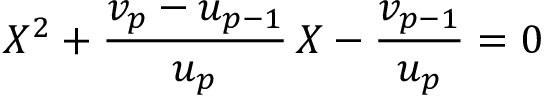
X ^ { 2 } + \frac { v _ { p } - u _ { p - 1 } } { u _ { p } } \, X - \frac { v _ { p - 1 } } { u _ { p } } = 0